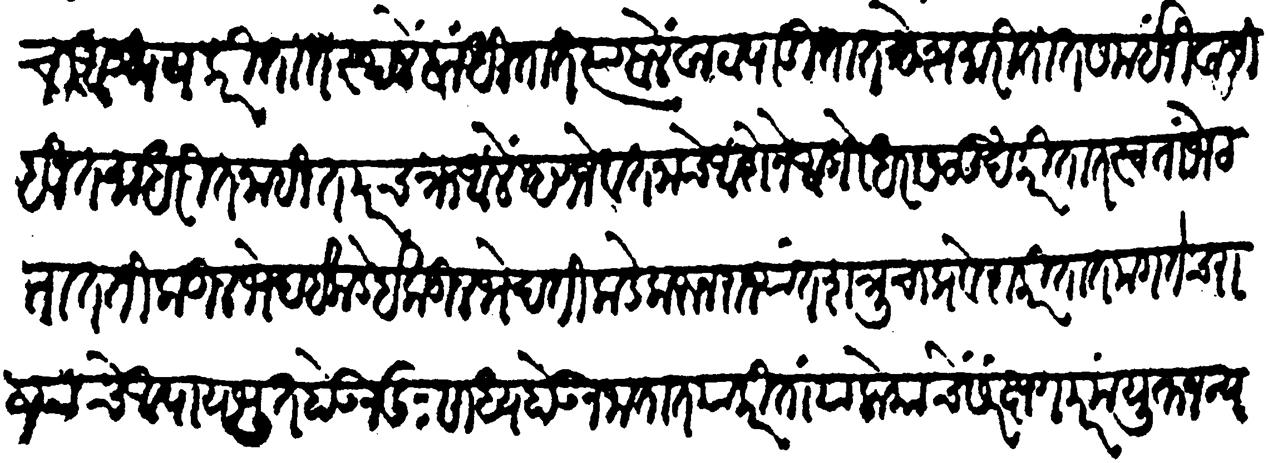
Transliteration (Devanagari): दुसरीयाचा आश्रय करितात स्थळें बांधीतात त्या बले वाटा पाडीतात देश मारितात समयीं जीवाची हि तमा धरीत नाहींत परचक्र आलें म्हणजे वतनाचे आशेने अगोधर सलूख करितात स्वता भेटतात तिकडील भेद इकडे इकडील भेद तिकडे करुन राज्यांत शत्रूचा प्रवेश करितात मग तेच राज्याचे अपायभूत होऊन दुःसाध्य होऊन जातात याकरितां या लोकाचे संरक्षण परम युक्तजन्य